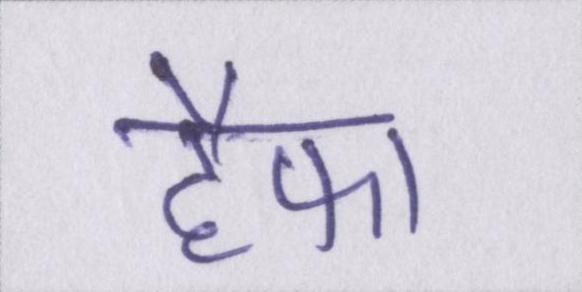
हैफा